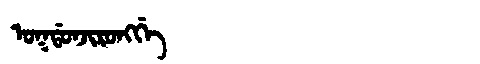
Manchu: ᠣᡴᡩᠣᠨᠵᡳᡵᠣᠩᡤᡝ
Romanization: OKDONJIRONGGE